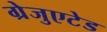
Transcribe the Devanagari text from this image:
ग्रेजुएटेड